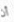
أن